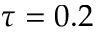
\tau = 0 . 2